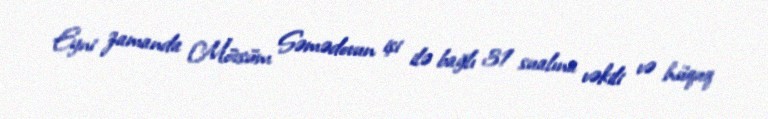
Eyni zamanda Mövsüm Səmədovun işi ilə bağlı 31 sualına vəkili və hüquq